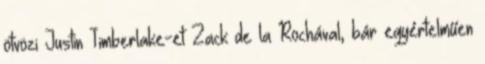
ötvözi Justin Timberlake-et Zack de la Rochával, bár egyértelműen